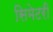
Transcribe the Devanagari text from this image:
सिमेटरी